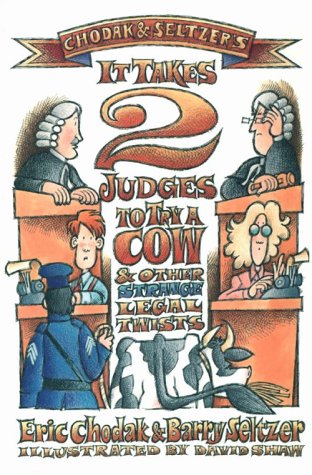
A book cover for It Takes 2 Judges to Try a Cow & Other Strange Legal Twists; Eric Chodak/Barry Seltzer; Law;